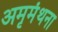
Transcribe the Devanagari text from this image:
अमृमंथना